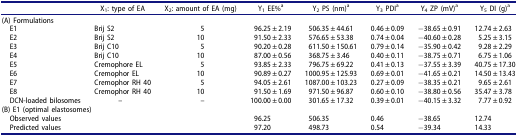
<table><thead><tr><td><b> </b></td><td><b>X<sub>1</sub>: type of EA</b></td><td><b>X<sub>2</sub>: amount of EA (mg)</b></td><td><b>Y<sub>1</sub> EE%<sup>a</sup></b></td><td><b>Y<sub>2</sub> PS (nm)<sup>a</sup></b></td><td><b>Y<sub>3</sub> PDI<sup>a</sup></b></td><td><b>Y<sub>4</sub> ZP (mV)<sup>a</sup></b></td><td><b>Y<sub>5</sub> DI (g)<sup>a</sup></b></td></tr></thead><tbody><tr><td colspan="8">(A) Formulations</td></tr><tr><td> E1</td><td>Brij S2</td><td>5</td><td>96.25 ± 2.19</td><td>506.35 ± 44.61</td><td>0.46 ± 0.09</td><td>−38.65 ± 0.91</td><td>12.74 ± 2.63</td></tr><tr><td> E2</td><td>Brij S2</td><td>10</td><td>91.50 ± 2.33</td><td>576.65 ± 53.38</td><td>0.74 ± 0.04</td><td>−40.60 ± 0.28</td><td>5.25 ± 3.15</td></tr><tr><td> E3</td><td>Brij C10</td><td>5</td><td>90.20 ± 0.28</td><td>611.50 ± 150.61</td><td>0.79 ± 0.14</td><td>−35.90 ± 0.42</td><td>9.28 ± 2.29</td></tr><tr><td> E4</td><td>Brij C10</td><td>10</td><td>87.00 ± 0.56</td><td>368.75 ± 3.46</td><td>0.40 ± 0.11</td><td>−38.75 ± 0.71</td><td>6.75 ± 1.06</td></tr><tr><td> E5</td><td>Cremophore EL</td><td>5</td><td>93.85 ± 2.33</td><td>796.75 ± 69.22</td><td>0.41 ± 0.13</td><td>−37.55 ± 3.39</td><td>40.75 ± 17.30</td></tr><tr><td> E6</td><td>Cremophor EL</td><td>10</td><td>90.89 ± 0.27</td><td>1000.95 ± 125.93</td><td>0.69 ± 0.01</td><td>−41.65 ± 0.21</td><td>14.50 ± 13.43</td></tr><tr><td> E7</td><td>Cremophor RH 40</td><td>5</td><td>94.05 ± 2.61</td><td>1087.00 ± 103.23</td><td>0.27 ± 0.09</td><td>−38.35 ± 0.21</td><td>9.65 ± 2.61</td></tr><tr><td> E8</td><td>Cremophor RH 40</td><td>10</td><td>91.50 ± 1.69</td><td>971.50 ± 96.87</td><td>0.60 ± 0.10</td><td>−38.80 ± 0.56</td><td>35.47 ± 3.78</td></tr><tr><td> DCN-loaded bilosomes</td><td>–</td><td>–</td><td>100.00 ± 0.00</td><td>301.65 ± 17.32</td><td>0.39 ± 0.01</td><td>−40.15 ± 3.32</td><td>7.77 ± 0.92</td></tr><tr><td colspan="8">(B) E1 (optimal elastosomes)</td></tr><tr><td> Observed values</td><td> </td><td> </td><td>96.25</td><td>506.35</td><td>0.46</td><td>−38.65</td><td>12.74</td></tr><tr><td> Predicted values</td><td> </td><td> </td><td>97.20</td><td>498.73</td><td>0.54</td><td>−39.34</td><td>14.33</td></tr></tbody></table>